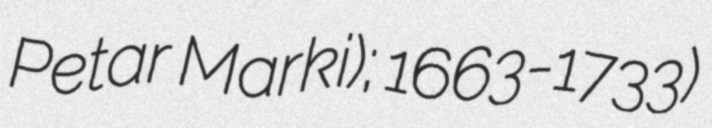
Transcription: Petar Marki); 1663-1733)